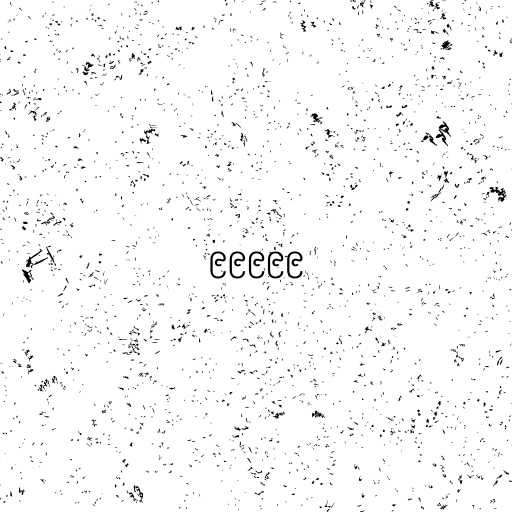
၉၉၉၉၉